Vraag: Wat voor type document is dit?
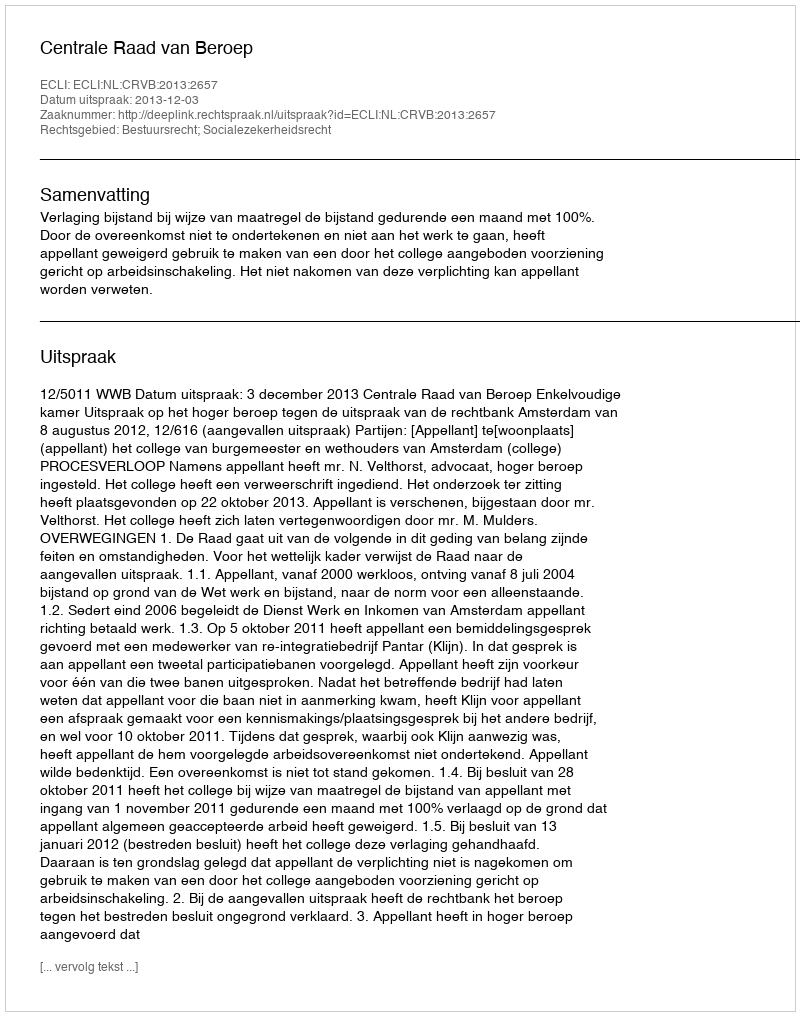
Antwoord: Uitspraak